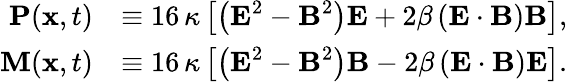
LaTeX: \begin{array}{rl}{\textbf{P}(\textbf{x},t)}&{\equiv 16\, \kappa\left[\left(\textbf{E}^{2}-\textbf{B}^{2}\right)\textbf{E}+2\beta\left(\textbf{E}\cdot\textbf{B}\right)\textbf{B}\right],}\\ {\textbf{M}(\textbf{x},t)}&{\equiv 16\, \kappa\left[\left(\textbf{E}^{2}-\textbf{B}^{2}\right)\textbf{B}-2\beta\left(\textbf{E}\cdot\textbf{B}\right)\textbf{E}\right].}\end{array}